Vital statistics of India. Vol. IV, Annual returns from 1871 to 1876. British Army of India, Native Army and jails of Bengal
Year: 1871
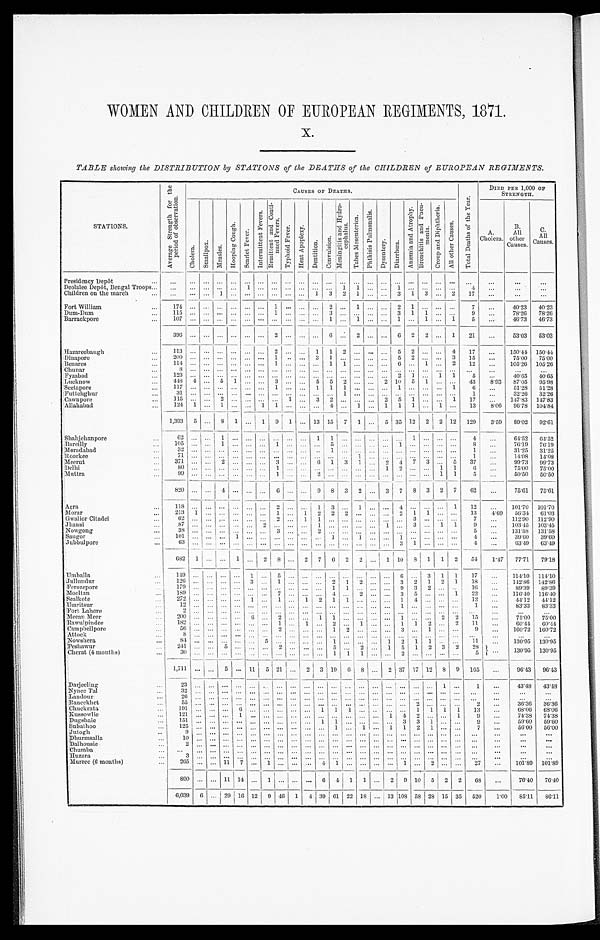
WOMEN AND CHILDREN OF EUROPEAN REGIMENTS, 1871.
X.
TABLE showing the DISTRIBUTION by STATIONS of the DEATHS of the CHILDREN of EUROPEAN REGIMENTS.
S T A T I O N S .
A v e r a g e S t r e n g t h f o r t h e p e r i o d o f o b s e r v a t i o n .
C A U S E S O F D E A T H S .
T o t a l D e a t h s o f t h e Y e a r .
D I E D P E R 1 , 0 0 0 O F S T R E N G T H .
C h o l e r a . S m a l l p o x .
M e a s l e s .
H o o p i n g C o u g h .
S c a r l e t F e v e r .
I n t e r m i t t e n t F e v e r s . R e m i t t e n t a n d C o n t i - n u e d F e v e r s .
T y p h o i d F e v e r . H e a t A p o p l e x y .
D e n t i t i o n .
C o n v u l s i o n .
M e n i n g i t i s a n d H y d r o - c e p h a l u s .
T a b e s M e s e n t e r i e a .
P h t h i s i s P u l m o n a l i s .
D y s e n t e r y . D i a r r h œ a .
A n æ m i a a n d A t r o p h y . B r o n c h i t i s a n d P n e u - m o n i a . C r o u p a n d D i p h t h e r i a .
A l l o t h e r C a u s e s .
A .
C h o l e r a .
B .
A l l o t h e r C a u s e s .
C .
A l l C a u s e s .
Presidency Depôt
. . .
. . . . . .
. . . . . . . . .
. . . . . . . . . . . . . . .
. . . . . . . . . . . .
. . . . . . . . . . . . . . .
. . .
. . .
. . .
. . .
. . .
Deol al ee Depôt, Bengal Troops
. . .
. . . . . .
. . . . . .
1
. . . . . .
. . . . . . . . . . . . 1 1 . . . . . .
1 . . . . . . . . .
. . .
4 . . .
. . .
. . .
Children on the march
. . .
. . . . . .
1 . . .
. . . . . . . . . . . . . . .
1 3 2 1 . . . . . .
3 1 3 . . .
2
1 7
. . .
. . .
. . .
Fort William
1 7 4
. . . . . . . . . . . .
. . . . . . 1 . . . . . . . . . 2 . . . 1 . . . . . .
2 1 . . . . . . . . . 7
. . .
40·23 40·23
D u m - D u m
1 1 5
. . . . . . . . . . . .
. . . . . . 1
. . . . . . . . .
3 . . . . . .
. . . . . .
3 1 1 . . . . . . 9
. . .
78·26 78·26
B a r r a c k p o r e
1 0 7
. . . . . . . . . . . .
. . . . . . . . . . . . . . . . . . 1 . . . 1
. . . . . .
1 . . .
1 . . .
1 5
. . .
46·73 46·73
3 9 6
. . . . . . . . . . . . . . . . . .
2 . . . . . . . . .
6 . . .
2 . . . . . .
6 2 2 . . .
1
2 1
. . .
53·03 53·03
Hazareebaugh
1 1 3
. . . . . . . . . . . .
. . .
. . .
2 . . . . . .
1 1 2 . . . . . . . . .
5 2 . . . . . .
4
1 7
. . .
150·44 150·44
Dinapore
2 0 0
. . . . . . . . . . . .
. . . . . . 1 . . . . . . 3 1 . . . . . . . . . . . .
5 2 . . . . . . 3 1 5
. . .
75·00 75·00
Benares
1 1 4
. . . . . . . . . . . .
. . . . . . 1 . . . . . . . . . 1 1 . . . . . . . . .
6 . . .
1 . . .
2
1 2
. . .
105·26 105·26
Chunar
8 . . . . . . . . . . . .
. . . . . . . . . . . . . . . . . .
. . . . . . . . . . . . . . . . . . . . . . . . . . . . . .
. . .
. . .
. . .
. . .
Fyzabad
1 2 3
. . . . . . . . . . . . . . . . . .
. . . . . . . . . . . . . . . . . . . . . . . .
. . .
2 1 . . .
1 1 5
. . .
40·65 40·65
Lucknow
4 4 8
4 . . .
5 1 . . . . . . 3 . . . . . .
5 5 2 . . . . . .
2 1 0
5 1 . . . . . .
4 3
8 · 9 3
87·05 95·98
Seetapore
1 1 7
. . . . . . . . . . . . . . . . . .
1 . . . . . .
1 1 1 . . . . . . . . .
1 . . . . . . . . .
1
6
. . .
51·28 51·28
Futtehghur
3 1
. . . . . . . . . . . .
. . . . . . . . . . . . . . . . . . . . . 1 . . . . . . . . .
. . . . . . . . . . . . . . . 1
. . .
32·26 32·26
Cawnpore
1 1 5
. . . . . .
2 . . . . . .
. . . . . .
1 . . .
3 2 . . . . . . . . .
2 5 1 . . . . . .
1
1 7
. . .
147·83 147·83
A l l a h a b a d
1 2 4
1 . . .
1 . . .
. . .
1 1 . . . . . . . . .
4 . . .
1 . . .
1 1 1 . . .
1 . . .
1 3
8 · 0 6
96·78 104·84
1 , 3 9 3
5
. . .
8 1 . . .
1 9 1
. . .
1 3 1 5
7
1 . . .
5 3 5 1 2
2 2
1 2
1 2 9
3 · 5 9
89·02 92·61
S h a h j e h a n p o r e
6 2
. . . . . . 1 . . .
. . . . . .
. . . . . . . . .
1 1 . . . . . . . . . . . .
. . . 1 . . . . . . . . .
4 . . .
64·52 64·52
Bareilly
1 0 5 . . . . . .
1 . . .
. . . . . .
1 . . . . . . . . .
5 . . . . . . . . . . . .
1 . . . . . . . . . . . .
8 . . .
76·19 76·19
M o r a d a b a d
3 2 . . . . . . . . . . . . . . . . . . . . . . . . . . . . . . 1 . . . . . .
. . . . . . . . . . . . . . . . . . . . . 1
. . .
31·25 31·25
Roorkee
7 1 . . . . . . . . . . . .
. . . . . . . . . . . . . . . . . . . . . . . .
1 . . . . . .
. . . . . . . . . . . . . . . 1
. . .
14·08 14·08
Meerut
3 7 1
. . . . . .
2 . . .
. . . . . .
3 . . . . . .
6 1 3 1 . . .
2 4 7 3 . . .
5
3 7 . . .
99·73 99·73
Delhi
8 0 . . . . . . .
. . . . . . . . . . . .
1 . . . . . .
. . . . . . . . . . . . . . . 1
2 . . . . . . 1
1 6
. . .
75·00 75·00
Muttra
9 9
. . . . . . . . . . . .
. . . . . . 1 . . . . . . 2 . . . . . . . . . . . .
. . . . . . . . . . . . 1
1 5
. . .
50·50 50·50
8 2 0
. . . . . . 4 . . .
. . .
. . .
6 . . . . . .
9 8 3 2 . . .
3 7 8
3 2 7
6 2
. . .
75·61 75·61
Agra
1 1 8
. . . . . . . . . . . .
. . . . . . 2 . . . . . . 1 3 . . . 1 . . . . . .
4 . . . . . .
. . .
1
1 2
. . .
101·70 101·70
Morar
2 1 3
1 . . . . . . . . . . . . . . .
1 . . .
1 2 2 2 . . . . . . . . .
2 1 1 . . . . . .
1 3
4 · 6 9
56·31 61·03
G w a l i o r C i t a d e l
6 2
. . . . . . . . . . . .
. . . . . . 2 . . . 1 1 . . . . . . . . . . . . . . .
. . 3 . . . . . . . . .
7
. . .
112·90 112·90
Jhansi
8 7 . . . . . . . . . . . .
. . .
2 . . . . . . . . .
1 . . . . . . . . . . . .
1 . . .
3 . . .
1 1
9
. . .
103·45 103·45
Nowgong
3 8
. . . . . . . . . . . .
. . . . . . 3 . . . . . . 2 . . . . . . . . . . . . . . .
. . . . . .
. . . . . . . . .
5
. . .
131·58 131·58
S a u g o r
1 0 1
. . . . . . . . . 1
. . . . . . . . . . . . . . . . . . . 1 . . . 1 . . . . . .
1 . . . . . . . . . . . .
4
. . .
39·60 39·60
Jubbulpore
6 3 . . . . . . . . . . . .
. . .
. . . . . .
. . . . . . . . . . . .
. . . . . . . . . . . . 3 1 . . . . . . . . .
4
. . .
63·49 63·49
6 8 2
1
. . .
. . .
1 . . .
2 8 . . .
2 7 6 2 2 . . .
1 1 0
8 1
1 2
5 4
1 · 4 7
77·71 79·18
U m b a l l a
1 4 9
. . . . . . . . . . . .
1 . . . 5 . . . . . . . . .
. . . . . .
. . . . . .
. . .
6 . . .
3 1 1
1 7
. . .
114·10
1 1 4 · 1 0
Jullundur
1 2 6
. . . . . . . . . . . .
3 . . . 1 . . . . . . . . . 2 1 2 . . . . . .
3 2 1 2 1
1 8 . . .
142·86 142·86
F e r o z e p o r e
1 7 9 . . .
. . . . . .
. . . . . . . . . . . . . . . . . . . . .
1 1 . . . . . . . . .
9 3 2 . . . . . .
1 6
. . .
89·39 89·39
Mooltan
1 8 9
. . . . . . . . . . . . .
. . . . . .
7 . . . . . . . . . 4 . . .
2 . . . . . .
3 5 . . . . . .
1
2 2
. . .
116·40 116·40
Sealkote
2 7 2
. . . . . . . . .
. . . 1 . . .
1 . . .
1 2 1
1 . . . . . . . . .
1 4 . . . . . .
. . .
1 2 . . .
44·12 44·12
U m r i t s u r
1 2
. . . . . . . . . . . .
. . . . . . . . . . . . . . . . . . . . . . . . . . . . . . . . .
1 . . . . . . . . . . . .
1 . . .
83·33 83·33
F o r t L a h o r e
2
. . . . . . . . . . . .
. . . . . . . . . . . .
. . . . . . . . . . . . . . . . . . . . . . . . . . . . . . . . . . . .
. . .
. . .
. . .
. . .
Meean Meer
2 0 0
. . . . . .
. . . . . . 6 . . . 2 . . . . . . 1 1 . . . . . . . . . . . .
1 . . . . . . 2 2 1 5
. . .
75·00 75·00
R a w u l p i n d e e
1 8 2
. . . . . . . . . . . .
. . . . . . 1 . . . 1 . . . 2 . . . 1 . . . . . .
1 1
2 . . . 2 1 1
. . .
60·44 60·44
Campbellpore
5 6
. . . . . . . . . . . .
. . . . . . 2 . . . . . . . . . 1 2 . . . . . . . . .
3 . . . 1 . . . . . .
9
. . .
160·72 160·72
Attock
8
. . .
. . . . . . . . . . . . . . . . . . . . .
. . . . . . . . . . . . . . . . . . . . .
. . . . . . . . .
. . . . . . . . .
. . .
. . .
. . .
. . .
Nowshera
8 4
. . . . . . . . . . . .
. . . 5 . . . . . .
. . . . . . 1 . . . . . . . . . 1
2 1 1 . . .
. . .
1 1
. . .
130·95 130·95
P e s h a w u r
2 4 1 . . . . . . 5 . . .
. . . . . . 2 . . . . . . . . . 5 . . . 2 . . .
1 5 1 2 3 2 2 8
. . .
130·95 130·95
Cherat (4 months)
3 0
. . . . . . . . . . . .
. . . . . . . . . . . .
. . . . . . 1 1 1 . . . . . .
2 . . . . . . . . . . . .
5 . . .
1 , 7 1 1
. . .
. . . 5
. . .
1 1
5 2 1 . . . 2 3 1 9 6 8 . . .
2 3 7 1 7
1 2 8 9
1 6 5
. . .
96·43 96·43
Darjeeling
2 3
. . . . . . . . . . . .
. . . . . . . . . . . . . . . . . . . . . . . . . . . . . . . . .
. . . . . . . . . 1 . . . 1
. . .
43·48 43·48
N y n e e T a l
3 2
. . . . . . . . . . . .
. . . . . . . . . . . . . . . . . . . . . . . . . . . . . . . . .
. . . . . . . . . . . . . . . . . .
. . .
. . .
. . .
Landour
2 6
. . . . . . . . .
. . . . . . . . . . . . . . . . . . . . . . . . . . . . . . . . . . . .
. . . . . . . . . . . . . . . . . .
. . .
. . .
. . .
R a n e e k h e t
5 5
. . . . . . . . . . . .
. . . . . . . . . . . . . . . . . . . . . . . . . . . . . . . . .
. . . 2 . . . . . . . . . 2
. . .
36·36 36·36
Chuckrata
1 9 1 . . . . . . . . . 6
. . . . . . . . . . . . . . . 1 1 1 . . . . . . . . .
. . . 1 1 1 1 1 3
. . .
68·06 68·06
K u s s o w l i e
1 2 1
. . . . . . . . .
1 . . . . . . . . . . . . . . . . . . . . . . . . . . . 1 4
2 . . . . . . . . . 1 9
. . .
74·38 74·38
D u g s h a i e
1 5 1 . . . . . . . . . . . .
. . . . . . . . . . . . . . . 1 1 . . . . . . . . . 3
3 1 . . . . . . . . . 9
. . .
59·60
59·60
S u b a t h o o
1 2 5
. . . . . . . . . . . .
. . . . . . . . . . . . . . . . . . 1 . . . . . . . . . 1
2 1 . . . . . . . . . 7
. . .
56·00
56·00
J u t o g h
9
. . . . . . . . . . . .
. . . . . . . . . . . . . . . . . . . . . . . . . . . . . . . . .
. . . . . . . . . . . . . . . . . .
. . .
. . .
. . .
D h u r m s a l l a
1 0
. . . . . . . . . . . .
. . . . . . . . . . . . . . . . . . . . . . . . . . . . . .
. . . . . . . . . . . . . . . . . . . . .
. . .
. . .
. . .
D a l h o u s i e
2
. . . . . . . . . . . .
. . . . . . . . . . . . . . . . . . . . . . . . . . . . . . . . .
. . . . . . . . . . . . . . . . . .
. . .
. . .
. . .
C h u m b a
. . .
. . . . . . . . . . . .
. . . . . . . . . . . . . . . . . . . . . . . . . . . . . .
. . . . . . . . . . . . . . . . . . . . .
. . .
. . .
. . .
H u z a r a
3
. . . . . . . . . . . .
. . . . . . . . . . . . . . . . . . . . . . . . . . . . . . . . .
. . . . . . . . . . . . . . .
. . .
. . .
. . . . . .
M u r r e e ( 6 m o n t h s )
2 6 5
. . . . . . 1 1 7
. . . 1 . . . . . . . . . 4 1 . . . . . . . . . . . .
1 . . .
2 . . . . . . 2 7
. . .
101·89 101·89
8 9 0
. . . . . .
1 4 . . . 1 . . .
. . . . . . 6 4 1 1 . . . 2
9 1 0
5
2 2 6 8
. . .
76·40
76·40
6· 039
6
. . . 2 9 1 6
1 2
9 4 6
1 4 3 9 6 1 2 2
1 8
. . . 1 3
1 0 8
5 8 2 8 1 5 3 5 5 2 0
1·00 85·11 86·11